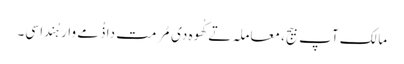
مالک آپ بیج، معاملہ تے کُھوہ دی مُرمت دا ذُمے وار ہُندا سی۔